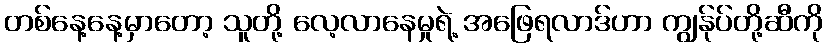
တစ်နေ့နေ့မှာတော့ သူတို့ လေ့လာနေမှုရဲ့ အဖြေရလာဒ်ဟာ ကျွန်ုပ်တို့ဆီကို